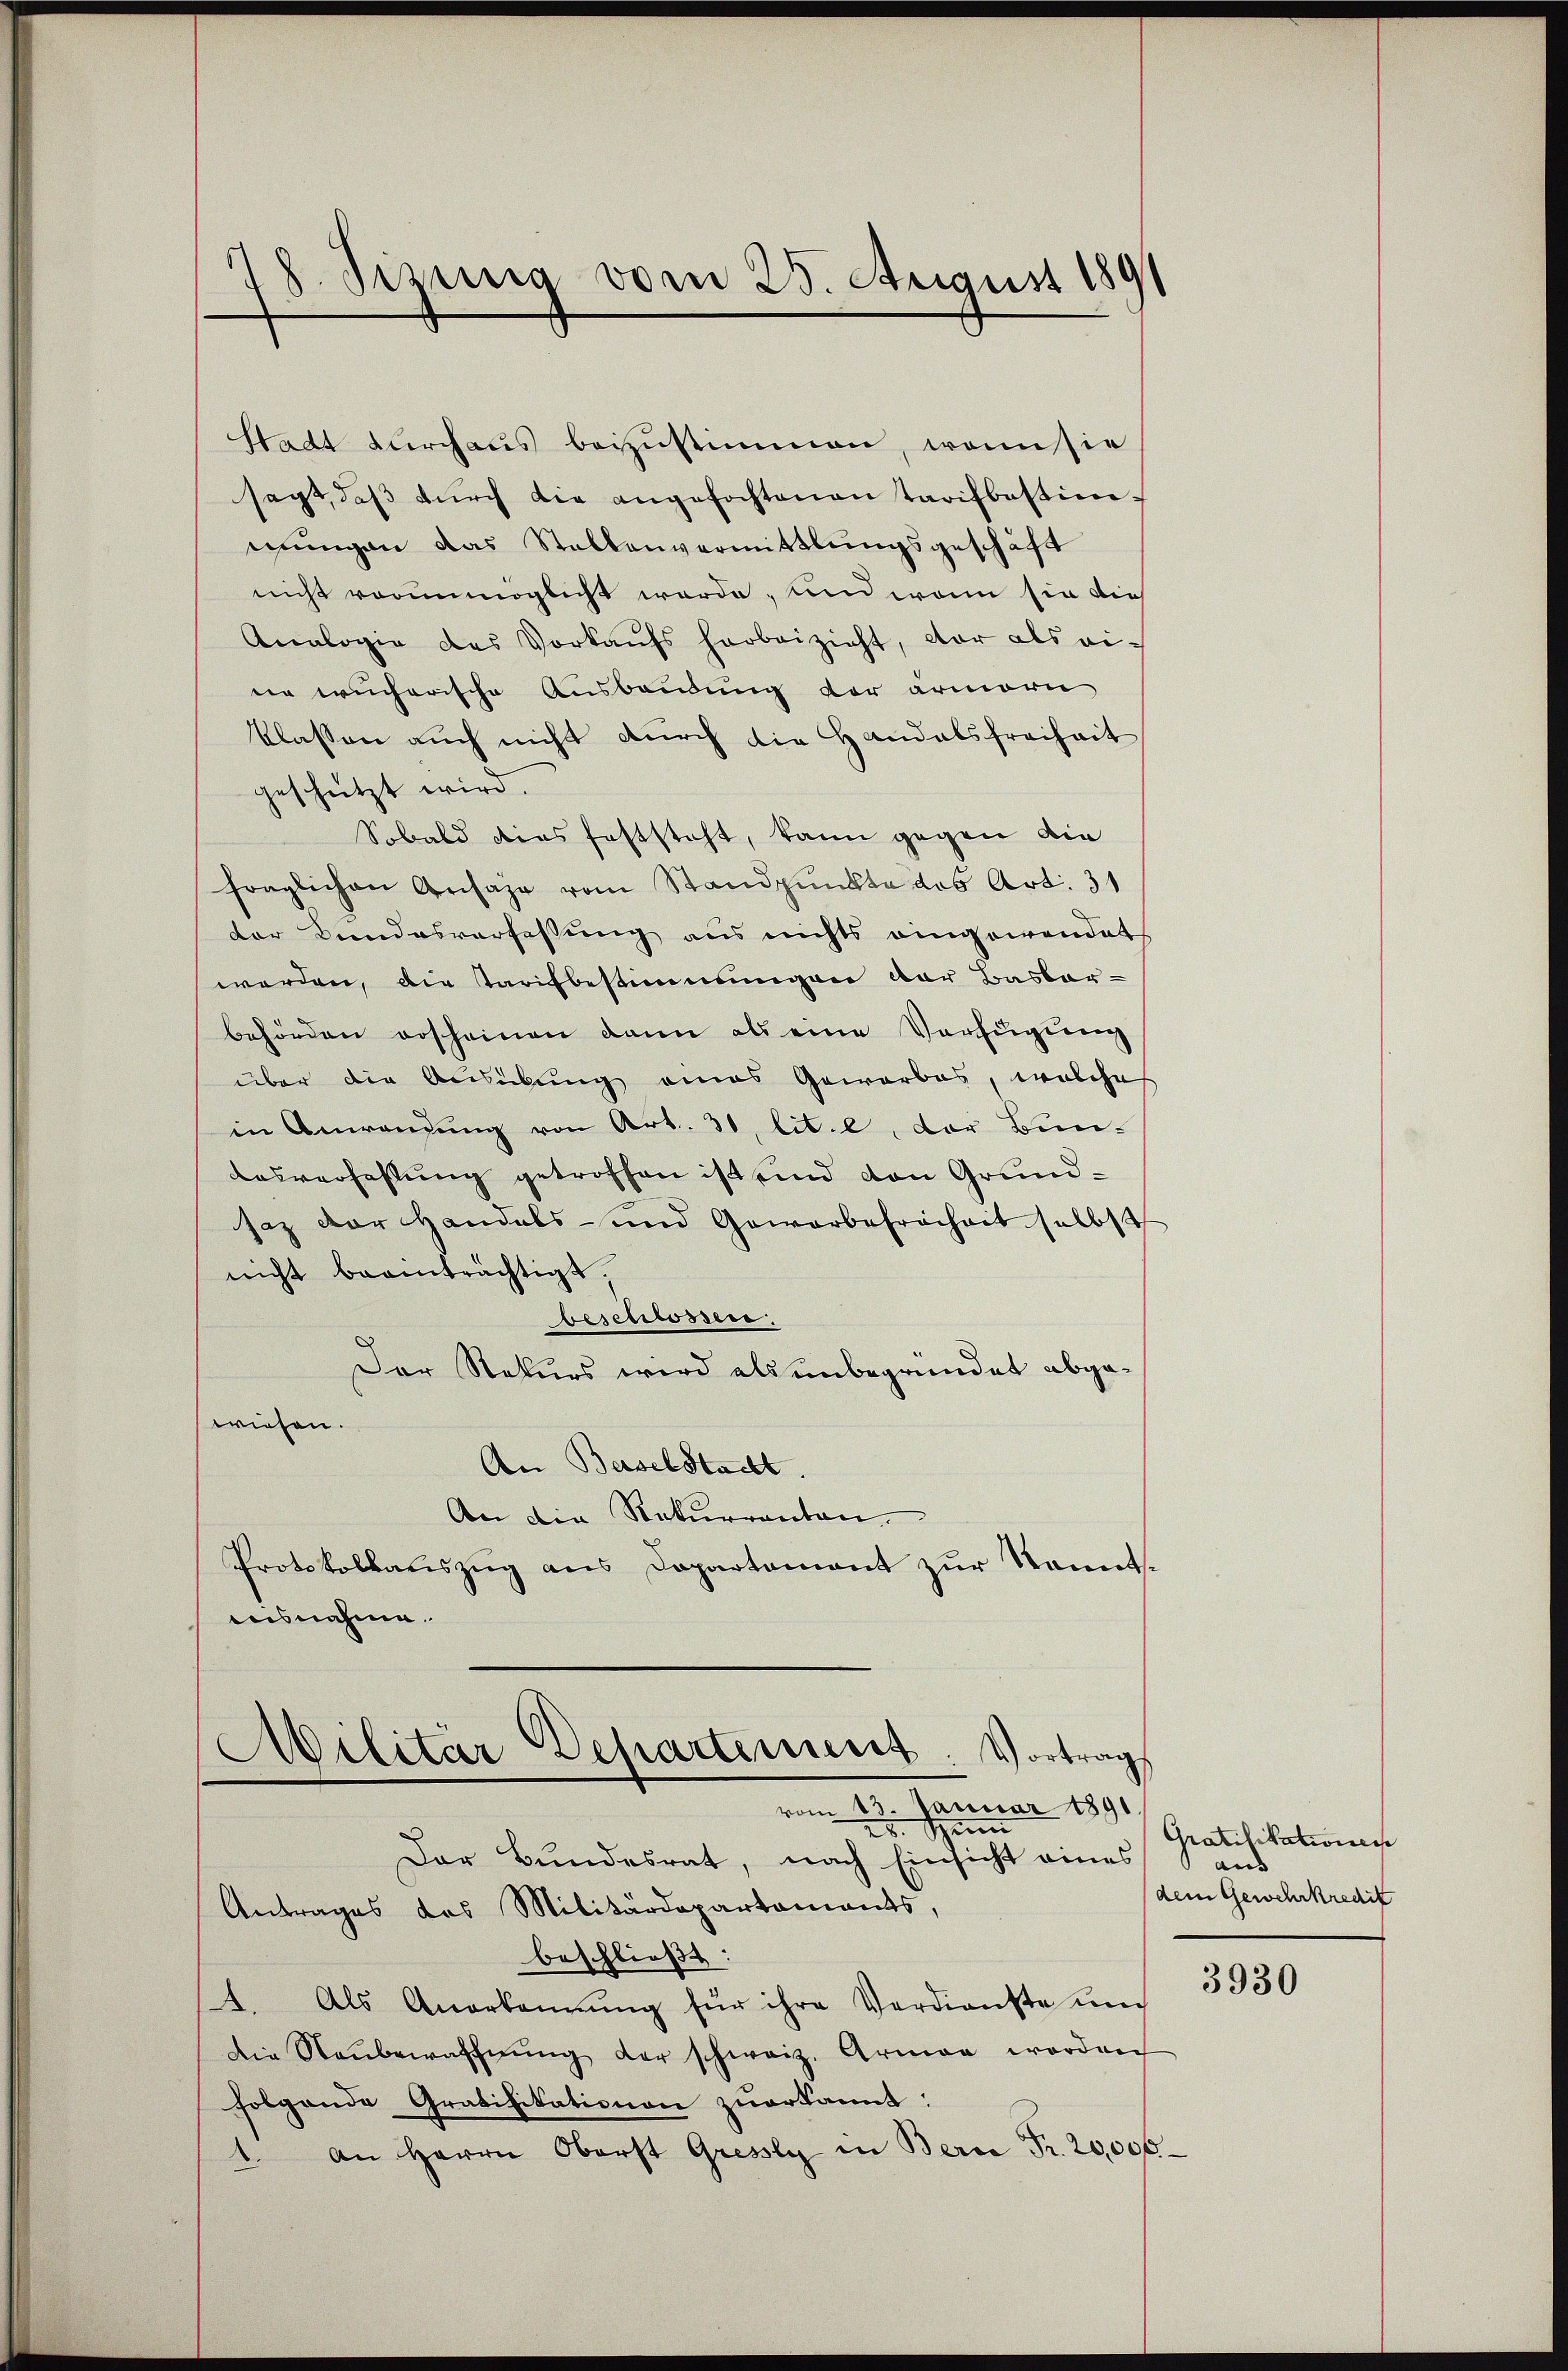
78. Sizung vom 25. August 189

Stadt durchaus beizustimmen, wenn sie
sagt, daß durch die angefochtenen Tarifbestimwungen das Stallenvermittlungsgeschäft
nicht vorunmöglicht werde, und wenn sie die
Analogie das Vorkaŭfs harbeizieht, dar als eine wicherische Ausbaudung der armeri
klassen auch nicht dŭrch die Handalsfreiheit
geschützt wird.
Sobald dies feststeht, kann gegen die
fraglichen Ansage vom Standpunkte das Art. 31
der Kundesverfassung aus nichts eingewandet
werden, die Tarifbestimmungen der Basbar-
behörden erscheinen dann als eine Verfügung
über die Ausübung eines Gewerbes, welche
in Anwendung von Art. 31, lit. e, der Bun-
Ausverfehlung getroffen ist und von Grundsaz der Handels- und Gewerbefreiheit selbst
nicht beanträchtigt.
beschlossen:
Der Rekurs wird als unbegründet abgewiesen.
An Berselstacht.
An die Rekurrenten.
Protokollauszug aus Departement zur Kenntausnahme.

Militar Departement. Vortrag
vom 13. Januar 1891
28. Sei
Der Bundesrat, nach Einsicht eines

Antrages des Militärdepartaments,
beschließt:
4. Als Anerkennung für ihre Verdienste und
Die Neŭbewaffnŭng der schweiz. Armen worden
folgende Grabilitationen zuerkannt:
an Herrn Oberst Gresly in Bern Fr. 20,000

Gratifikationen
aus |
dem Gewehrkredit

3930